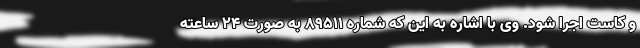
و کاست اجرا شود. وی با اشاره به این که شماره ۸۹۵۱۱ به صورت ۲۴ ساعته